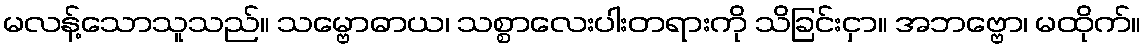
မလန့်သောသူသည်။ သမ္ဗောဓာယ၊ သစ္စာလေးပါးတရားကို သိခြင်းငှာ။ အဘဗ္ဗော၊ မထိုက်။